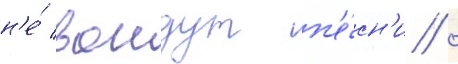
н'е́ воидут п'е́сн'и /